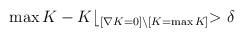
LaTeX: \begin{align*}\max K-K\lfloor_{[\nabla K=0]\setminus [K=\max K]} >\delta\end{align*}